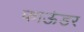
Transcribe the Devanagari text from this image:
फाऊंडर